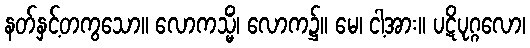
နတ်နှင့်တကွသော။ လောကသ္မိံ၊ လောက၌။ မေ၊ ငါ့အား။ ပဋိပုဂ္ဂလော၊